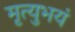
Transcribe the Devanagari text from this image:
मृत्युभयं